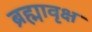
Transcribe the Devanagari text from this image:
ब्रह्मावृक्ष